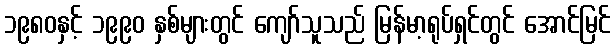
၁၉၈၀နှင့် ၁၉၉၀ နှစ်များတွင် ကျော်သူသည် မြန်မာ့ရုပ်ရှင်တွင် အောင်မြင်